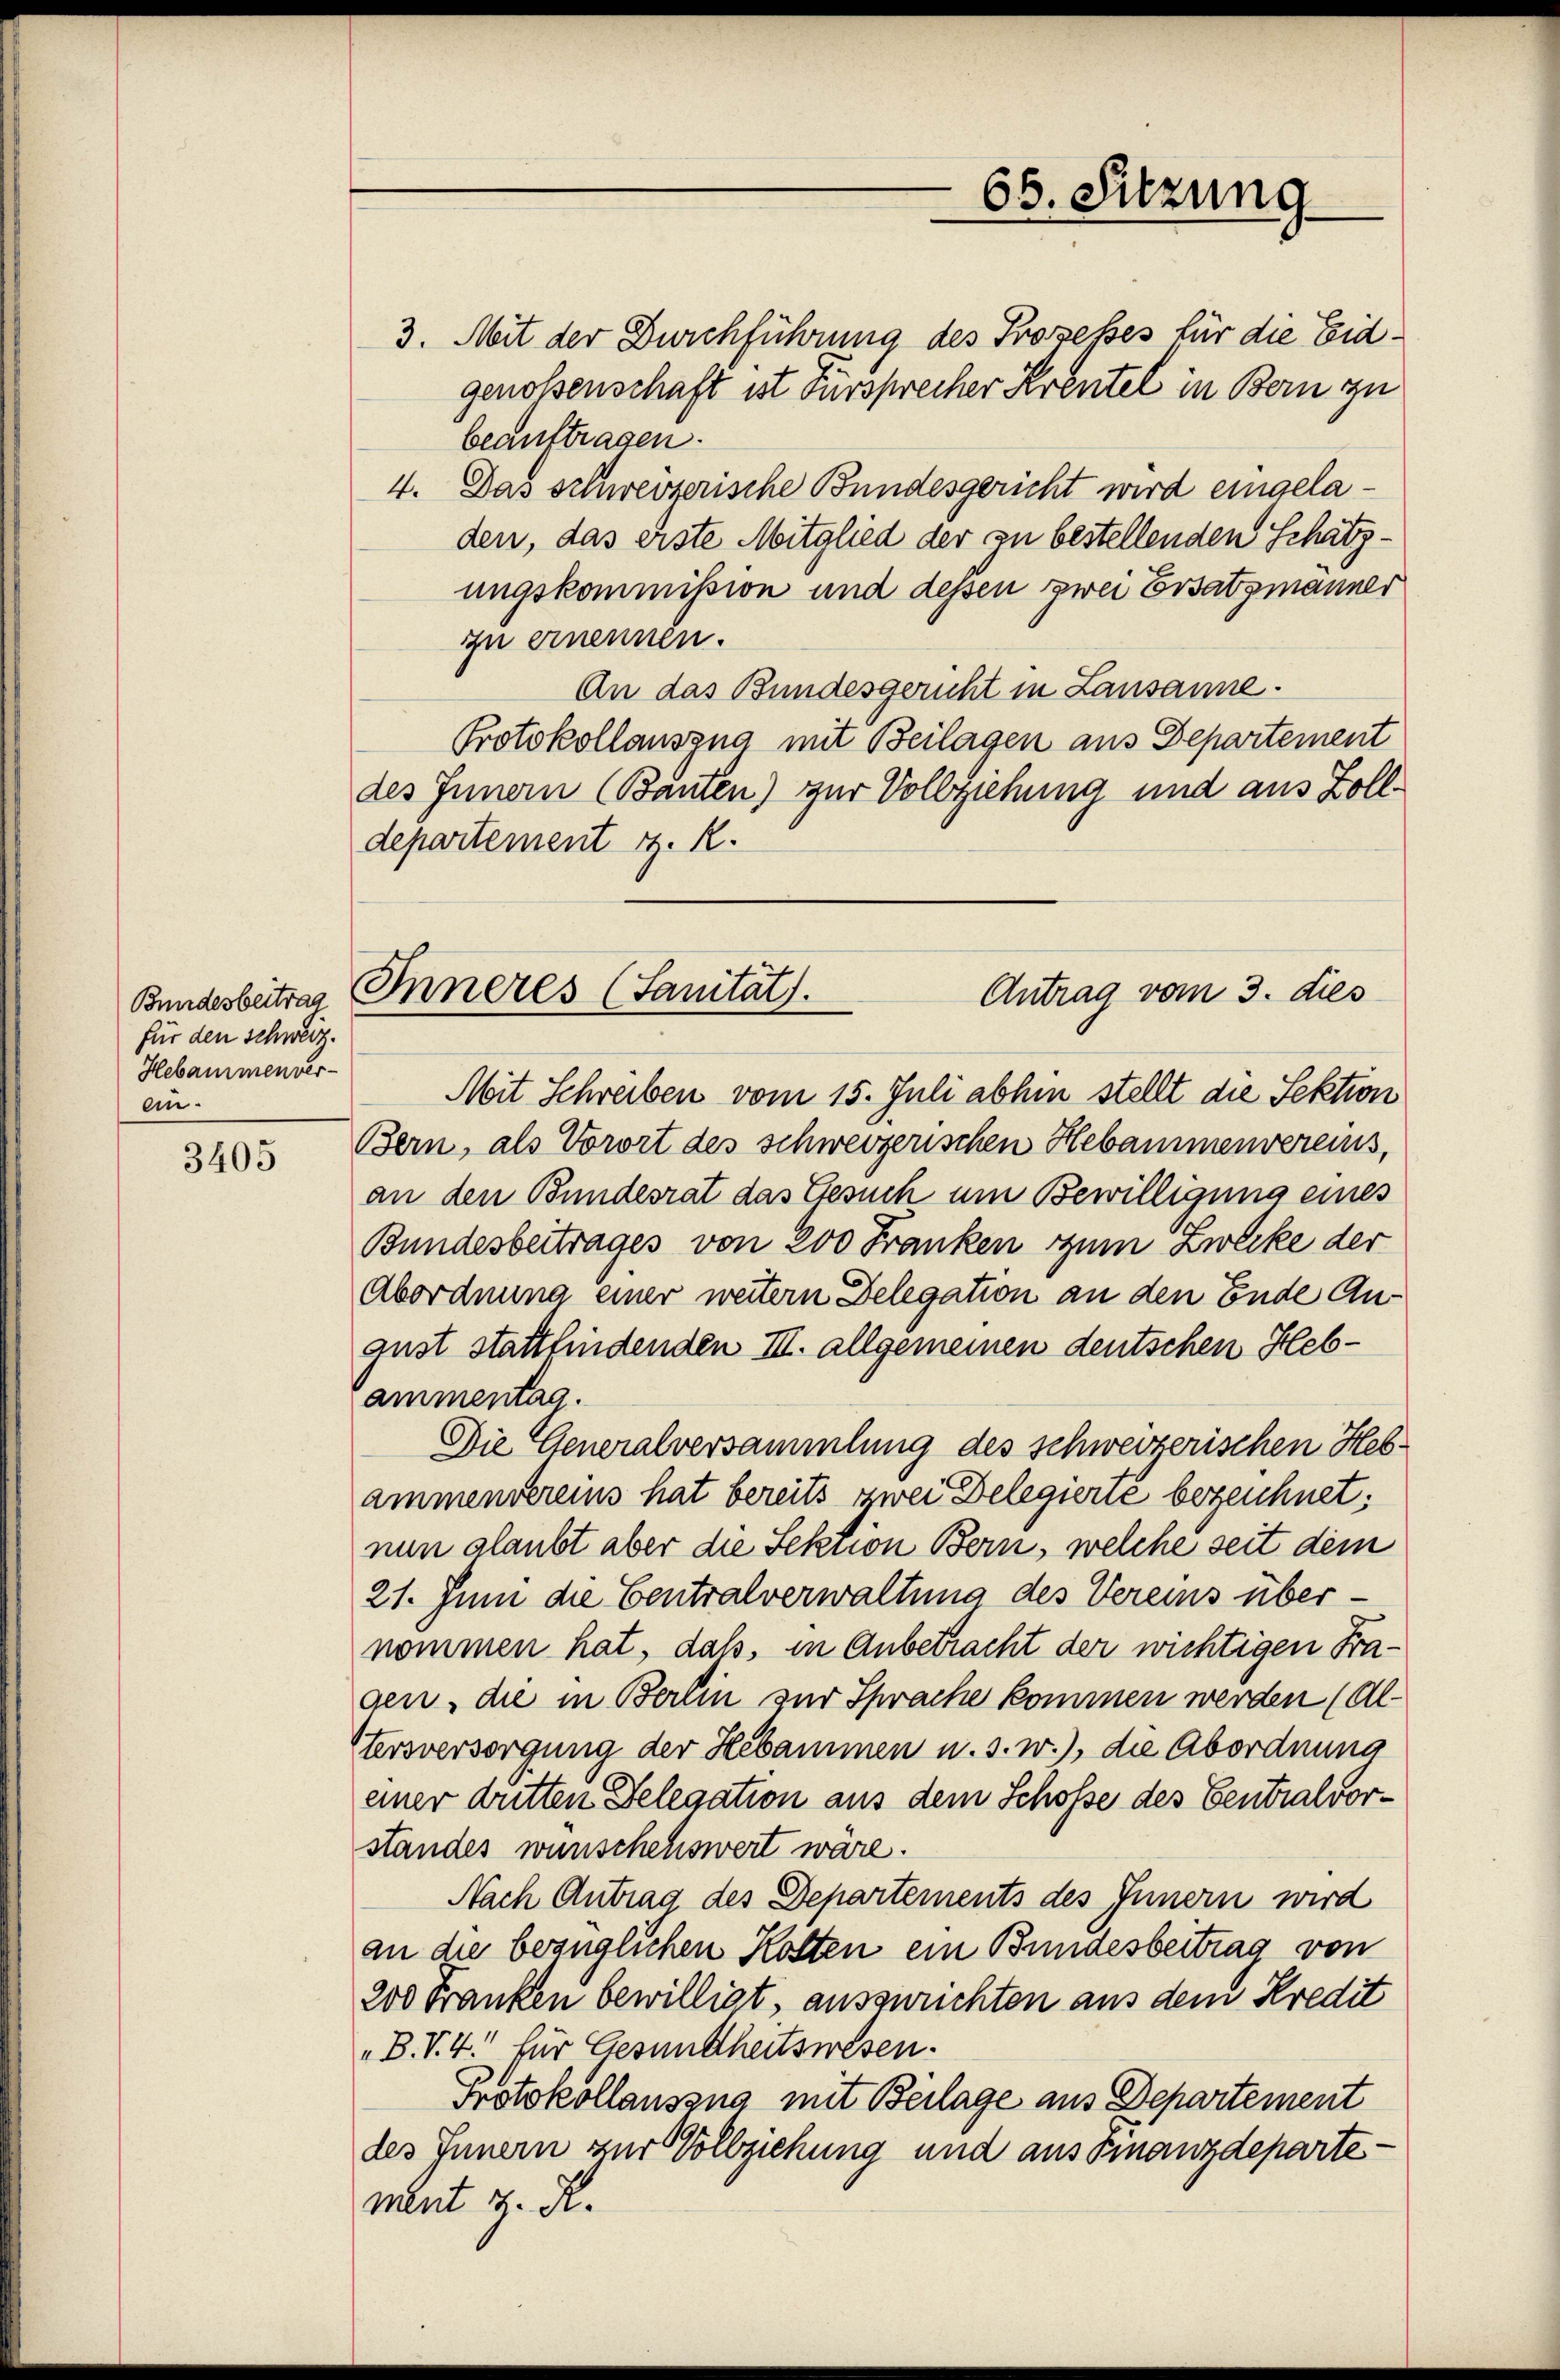
Bundesbeitrag
für den Schweiz.
Hebammen ver-
An¬

3405

Inneres (Sanität.
Antrag vom 3. dies

beauftragen.
4. Das schweizerische Bundesgericht wird eingeladen, das erste Mitglied der zu bestellenden Schätzungskommission und dessen zwei Ersatzmanner
zu ernennen.
An das Bundesgericht in Lausanne.
Protokollauszug mit Beilagen aus Departement
des Innern (Bauten) zur Vollziehung und aus Zolldepartement i. R.
Mit Schreiben vom 15. Juli abhin stellt die Sektion
Bern, als Vorort des schweizerischen Hebammenvereins,
an den Bundesrat das Gesuch um Bewilligung eines
Bundesbeitrages von 200 Franken zum Zwecke der
Abordnung einer weitern Delegation an den Ende Angust stattfindenden III. allgemeinen deutschen Hebammentag.
Die Generalversammlung des schweizerischen Hebammenvereins hat bereits zwei Delegierie bezeichnet:
nun glaubt aber die Sektion Bern, welche seit dem
21. Juni die Centralverwaltung des Vereins über-
nommen hat, daß, in Anbetracht der wichtigen Fragen, die in Berlin zur Sprache kommen werden (al¬
Itersversorgung der Hebammen u. s. w.), die Abordnung
einer dritten Delegation aus dem Schosse des Centralvorstandes wunschenswert wäre.
Nach Antrag des Departements des Innern wird
an die bezüglichen Holten ein Bundesbeitrag von
200 Franken bewilligt, auszwuchten aus dem Kredit
„B. V. 4. für Gesmittheitswesen.
Protokollauszug mit Beilage aus Departement
des Innern zur Vollziehung und aus Finanzdepartement z. R.

65. Sitzung

3. Mit der Durchführung des Prozeßes für die Eidgenossenschaft ist dursprecher Krentel in Bern zu